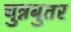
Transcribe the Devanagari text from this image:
चुन्नबुतर